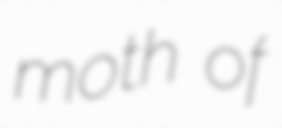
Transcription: moth of